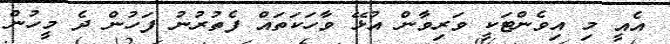
އެއީ މި އިވެންޓަކީ ވަރިވާން އުޅޭ ވާހަކަތައް ފެތުރުނު ފަހުން ދެ މީހުން